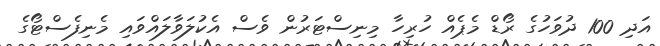
އަދި 100 ދުވަހުގެ ރޯޑް މެޕެއް ހުރިހާ މިނިސްޓަރުން ވެސް އެކުލަވާލައްވައި މެނިފެސްޓޯގެ